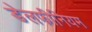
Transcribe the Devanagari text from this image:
डेलफीनियम